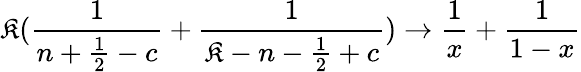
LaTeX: \mathfrak{K}({\frac{{1}}{{n+{\frac{{1}}{{2}}}-c}}}+{\frac{{1}}{{\mathfrak{K}-n-{\frac{{1}}{{2}}}+c}}})\rightarrow{\frac{{1}}{{x}}}+{\frac{{1}}{{1-x}}}